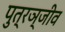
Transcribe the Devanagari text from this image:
पुत्रञ्जीव